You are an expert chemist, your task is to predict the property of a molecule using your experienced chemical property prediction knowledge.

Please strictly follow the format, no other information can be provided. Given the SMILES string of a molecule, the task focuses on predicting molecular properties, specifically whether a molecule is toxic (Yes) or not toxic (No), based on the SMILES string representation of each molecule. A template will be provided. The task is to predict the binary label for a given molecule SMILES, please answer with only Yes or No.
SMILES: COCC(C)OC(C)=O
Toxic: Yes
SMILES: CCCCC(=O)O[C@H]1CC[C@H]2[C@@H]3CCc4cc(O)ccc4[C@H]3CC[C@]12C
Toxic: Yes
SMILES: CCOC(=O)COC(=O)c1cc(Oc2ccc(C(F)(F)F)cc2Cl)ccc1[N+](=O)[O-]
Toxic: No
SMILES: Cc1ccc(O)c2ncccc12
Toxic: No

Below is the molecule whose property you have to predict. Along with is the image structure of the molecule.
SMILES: NC(=S)C(N)=S
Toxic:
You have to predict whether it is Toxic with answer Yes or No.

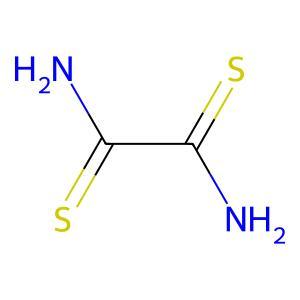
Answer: No